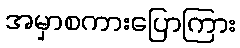
အမှာစကားပြောကြား